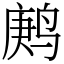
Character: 鹒